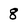
Character: 8